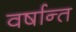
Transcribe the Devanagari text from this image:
वर्षान्त